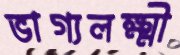
ভাগ্যলক্ষ্মী